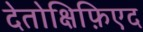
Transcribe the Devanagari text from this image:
देतोक्षिफ़िएद